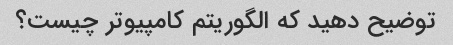
توضیح دهید که الگوریتم کامپیوتر چیست؟